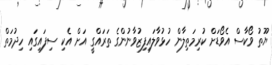
ޔޫތު ވޯކާސް އެވޯޑަށް ކުރިމަތިލާން ހުޅުވާލައިފިޒުވާނުންގެ ތަރައްގީ އަށް އެކި ސިފައިގައި ހިދުމަތް